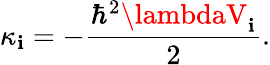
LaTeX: \kappa_{\mathbf{i}}=-\frac{{\hbar^{2}\lambdaV_{\mathbf{i}}}}{{2}}.